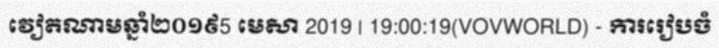
វៀតណាមឆ្នាំ២០១៩5 មេសា 2019 | 19:00:19(VOVWORLD) - ការរៀបចំ